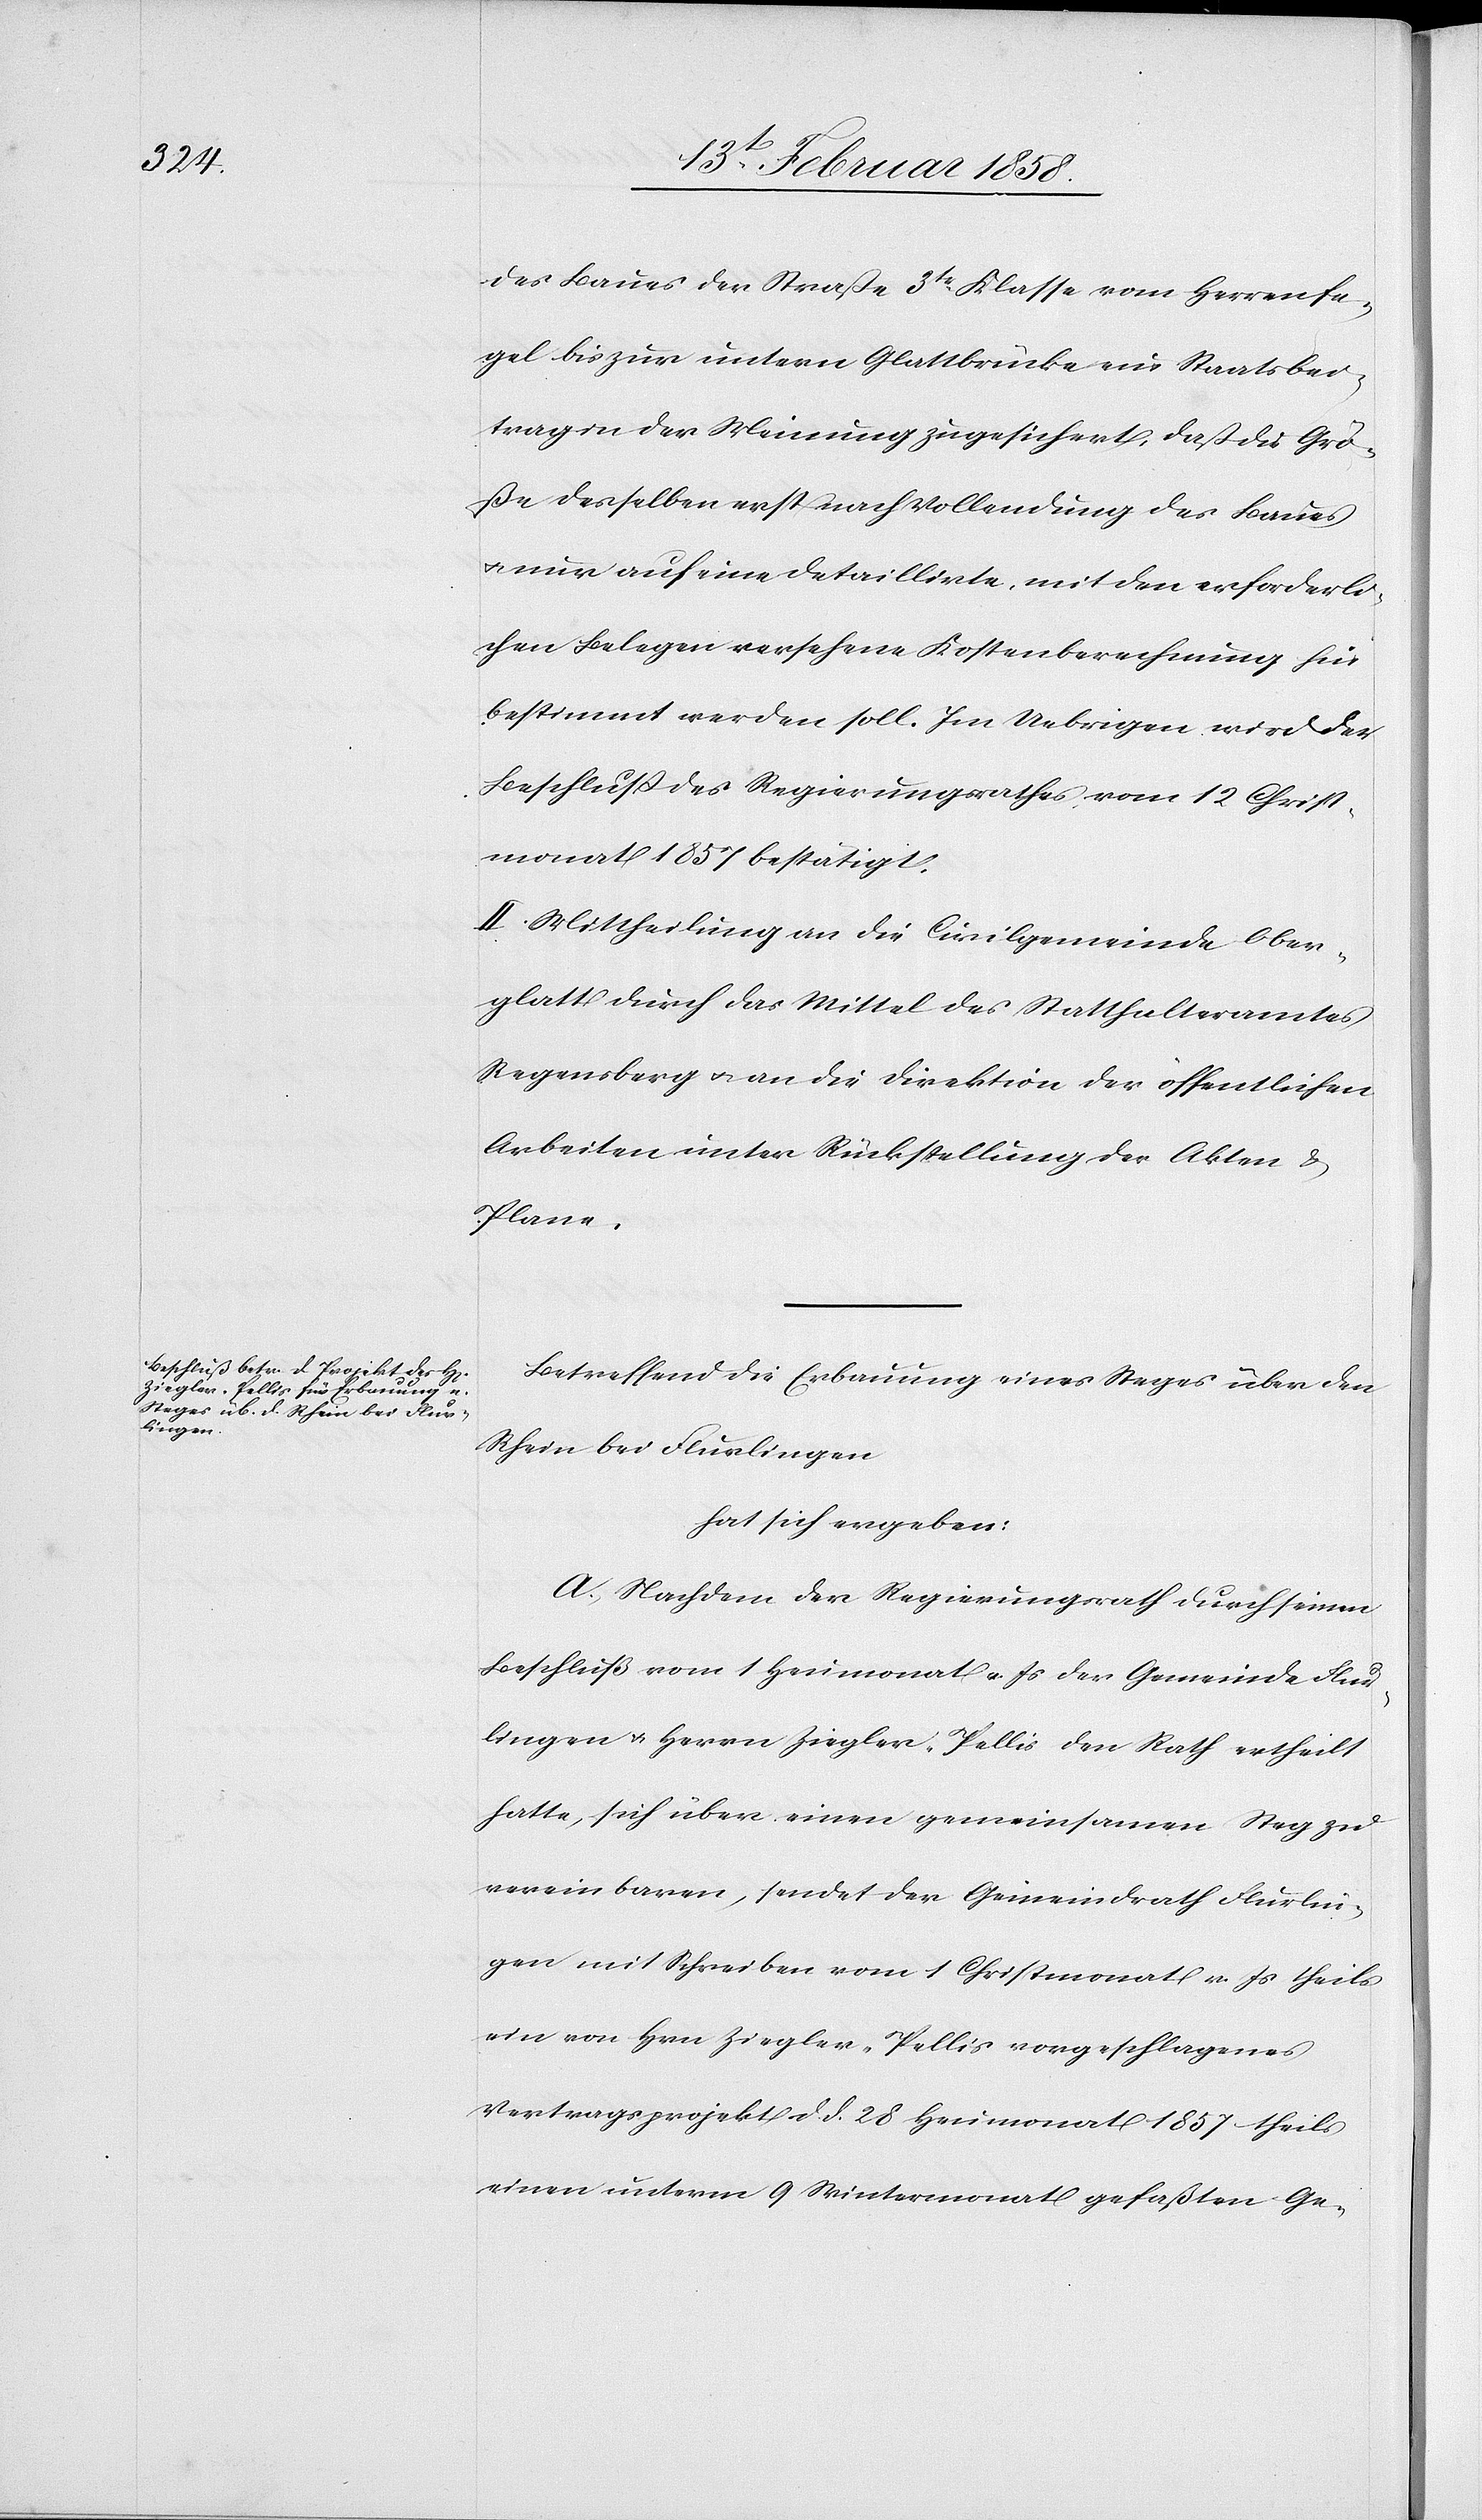
des Baues der Straße 3tr Klasse vom Herrenfe¬
gel bis zur untern Glattbrücke ein Staatsbei¬
trag in der Meinung zugesichert, daß die Grö¬
ße desselben erst nach Vollendung des Baues
u. nur auf eine detaillirte, mit den erforderli¬
chen Belegen versehene Kostenberechnung hin
bestimmt werden soll. Im Uebrigen wird der
Beschluß des Regierungsrathes vom 12 Christ¬
monat 1857 bestätigt.
II. Mittheilung an die Civilgemeinde Ober¬
glatt durch das Mittel des Statthalteramtes
Regensberg u. an die Direktion der öffentlichen
Arbeiten unter Rückstellung der Akten &
Pläne.
Betreffend die Erbauung eines Steges über den
Rhein bei Flurlingen
hat sich ergeben:
A. Nachdem der Regierungsrath durch seinen
Beschluß vom 1 Heumonat v. Js der Gemeinde Flur¬
lingen u. Herrn Ziegler-Pellis den Rath ertheilt
hatte, sich über einen gemeinsamen Steg zu
vereinbaren, sendet der Gemeindrath Flurlin¬
gen mit Schreiben vom 1 Christmonat v. Js theils
ein von Hrn. Ziegler-Pellis vorgeschlagenes
Vertragsprojekt d. d. 28 Heumonat 1857 theils
einen unterm 9 Wintermonat gefaßten Ge-